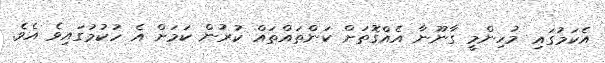
އެކަމުގައި މުހިންމީ ގާނޫނާ އެއްގޮތަށް ކަންތައްތައް ކުރުން ކަމަށް އެ ހުކުމުގައިވެ އެވެ.